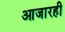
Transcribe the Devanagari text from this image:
आजारही